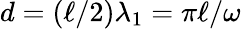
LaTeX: d=(\ell/2)\lambda_{1}=\pi\ell/\omega